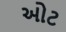
ઓટ